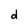
Character: d